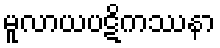
မူလာယပဋိကဿနာ